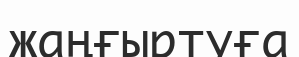
жаңғыртуға